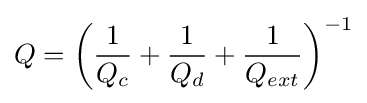
Q=\left({\frac {1}{Q_{c}}}+{\frac {1}{Q_{d}}}+{\frac {1}{Q_{ext}}}\right)^{-1}